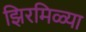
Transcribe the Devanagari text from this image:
झिरमिळ्या